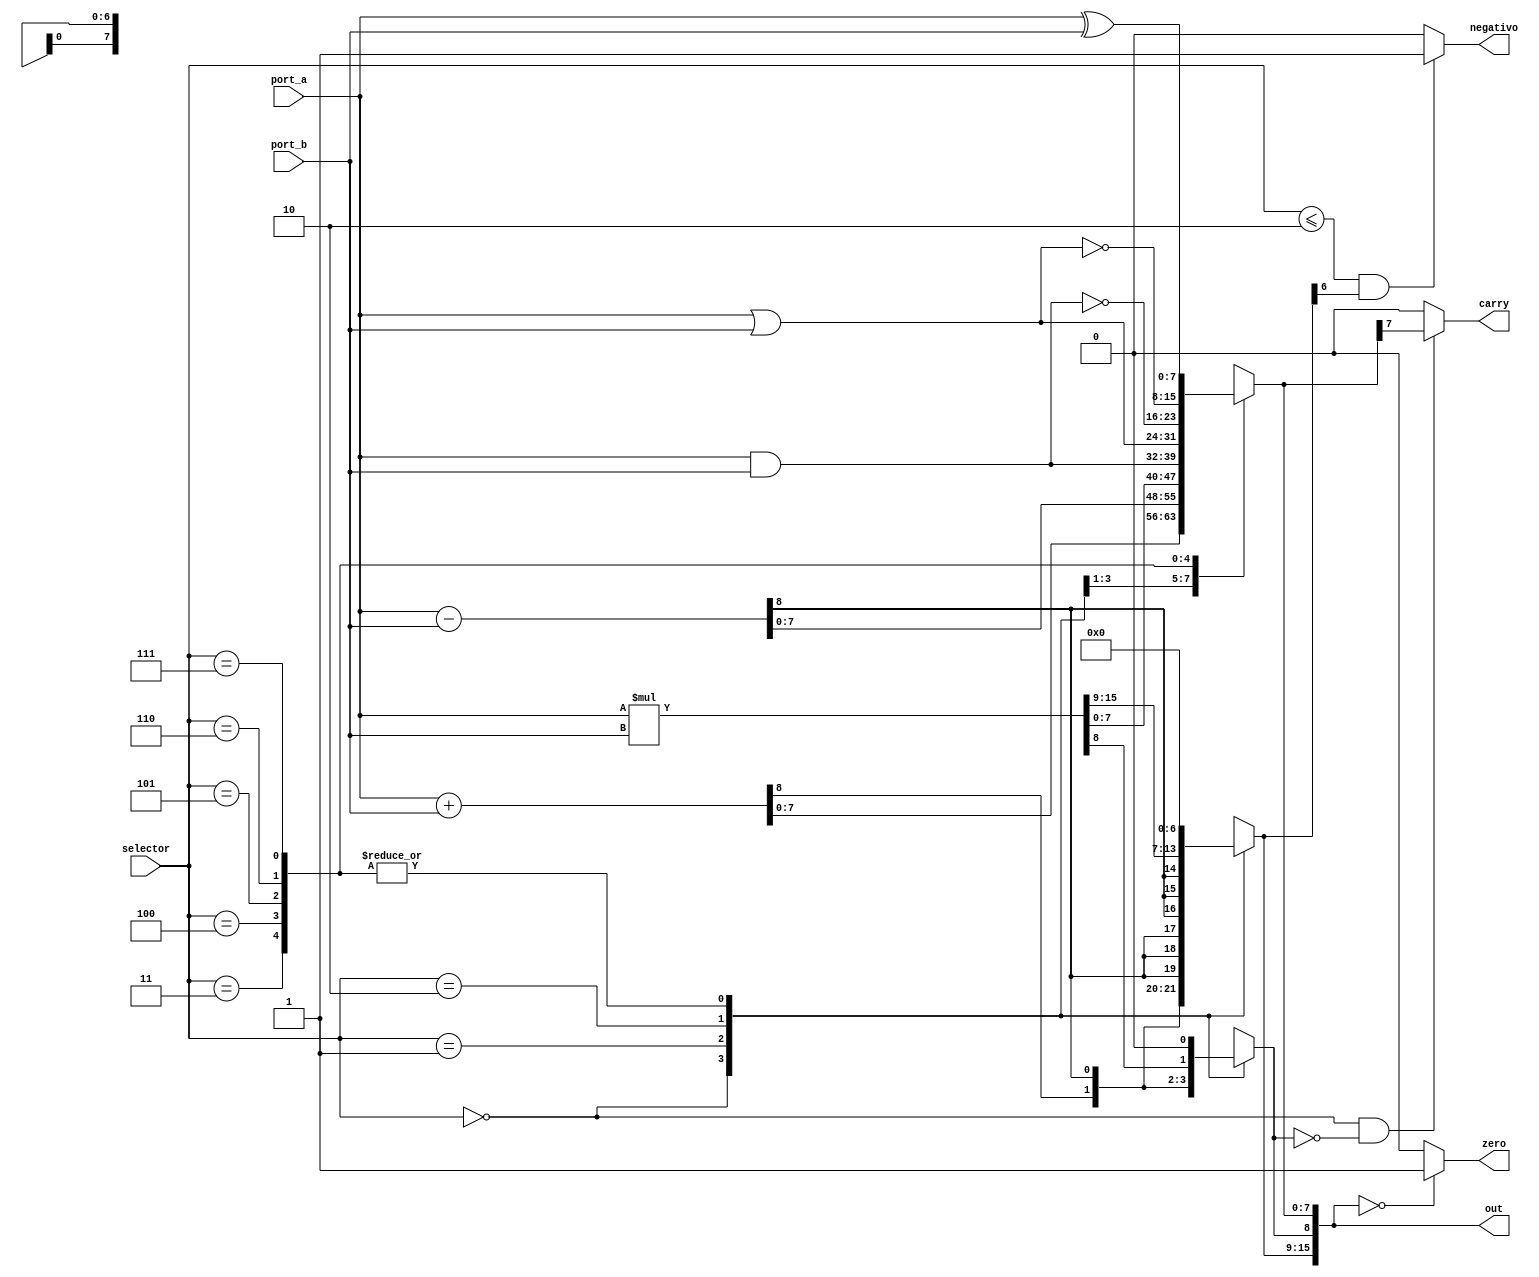
module ALU
#(parameter DATA_WIDTH=8)
(
	input signed[DATA_WIDTH-1:0] port_a,
	input signed[DATA_WIDTH-1:0] port_b,
	input [2:0] selector,
	output carry,zero, negativo,
	output reg [(DATA_WIDTH*2)-1:0] out
);


assign carry=(selector==0 && out[DATA_WIDTH]==0)? out[DATA_WIDTH-1]:0;
assign zero=(out==0)? 1:0;
assign negativo=(selector<=2 && out[DATA_WIDTH*2-1]==1)? 1:0;

always@(*)
begin
	case(selector)
		0:	//sUMA
		begin
			out[DATA_WIDTH:0]=port_a+port_b;
			out[(DATA_WIDTH*2)-1:DATA_WIDTH+1]={DATA_WIDTH-1{out[DATA_WIDTH]}};
			
		end
		1: //RESTA
		begin
			out[DATA_WIDTH:0]=port_a-port_b;
			out[(DATA_WIDTH*2)-1:DATA_WIDTH+1]={DATA_WIDTH-1{out[DATA_WIDTH]}};
		end
		2: //MULTIPLICACION
		begin 
			out[(DATA_WIDTH*2)-1:0]=port_a*port_b;
		end
		3:	//AND
		begin
			out[DATA_WIDTH-1:0]=port_a&port_b;
			out[(DATA_WIDTH*2)-1:DATA_WIDTH]=0;
		end
		4:	//OR
		begin
			out[DATA_WIDTH-1:0]=port_a|port_b;
			out[(DATA_WIDTH*2)-1:DATA_WIDTH]=0;
		end
		5:	//NAND
		begin
			out[DATA_WIDTH-1:0]=~(port_a&port_b);
			out[(DATA_WIDTH*2)-1:DATA_WIDTH]=0;
		end
		6:	//NOR
		begin
			out[DATA_WIDTH-1:0]=~(port_a|port_b);
			out[(DATA_WIDTH*2)-1:DATA_WIDTH]=0;
		end
		7:	//XOR
		begin
			out[DATA_WIDTH-1:0]=port_a^port_b;
			out[(DATA_WIDTH*2)-1:DATA_WIDTH]=0;
		end
		
		default: begin
			out[DATA_WIDTH:0]=port_a+port_b;
			out[(DATA_WIDTH*2)-1:DATA_WIDTH+1]={DATA_WIDTH-1{out[DATA_WIDTH]}};
		end
	endcase
end



endmodule